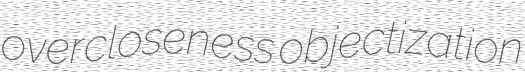
overcloseness objectization